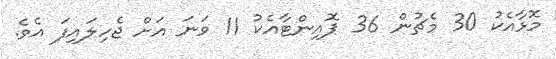
މޮޅާއެކު 30 މެޗުން 36 ޕޮއިންޓާއެކު 11 ވަނަ އަށް ޖެހިލައިފަ އެވެ.